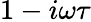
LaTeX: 1-i\omega\tau